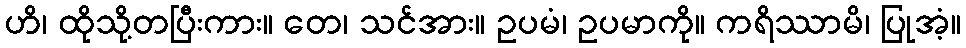
ဟိ၊ ထိုသို့တပြီးကား။ တေ၊ သင်အား။ ဥပမံ၊ ဥပမာကို။ ကရိဿာမိ၊ ပြုအံ့။